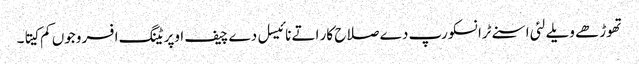
تھوڑھے ویلے لئی اسنے ٹرانسکورپ دے صلاح کار اتے نائیسل دے چیف اوپریٹنگ افسر وجوں کم کیتا۔